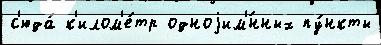
с'юда́ к'илом'е́тр одноjим'́нных пу́нкты